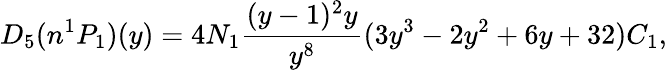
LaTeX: D_{5}(n^{1}P_{1})(y)=4N_{1}\frac{(y-1)^{2}y}{y^{8}}(3y^{3}-2y^{2}+6y+32)C_{1},